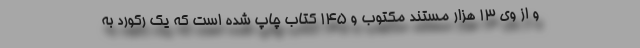
و از وی 13 هزار مستند مکتوب و 145 کتاب چاپ شده است که یک رکورد به